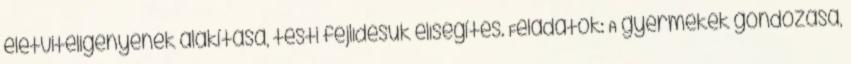
életviteligényének alakítása, testi fejlıdésük elısegítés. Feladatok: A gyermekek gondozása,